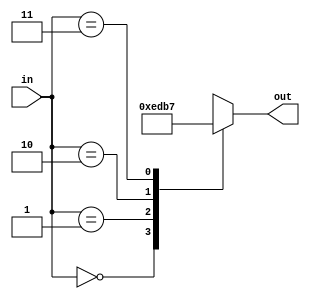
module decoder_2to4(in,out);    //2->4
input [1:0] in;
output [3:0] out;
reg [3:0] out;
always@ (*)
  begin 
      case(in)
        0: out= 4'b1110;
        1: out= 4'b1101;
        2: out= 4'b1011;
        3: out= 4'b0111;
      endcase

  end
endmodule